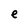
Character: e